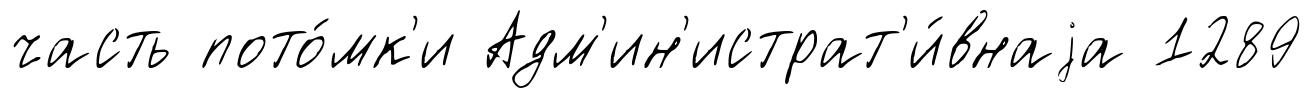
часть пото́мк'и Адм'ин'истрат'и́внаjа 1289